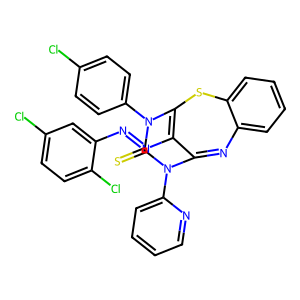
SMILES: S=C1N(c2ccc(Cl)cc2)C2=C(N=Nc3cc(Cl)ccc3Cl)C(=Nc3ccccc3S2)N1c1ccccn1
Inhibits HIV replication: No